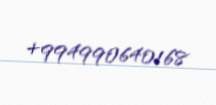
+994990640168